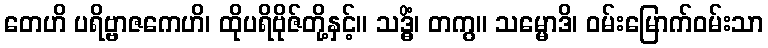
တေဟိ ပရိဗ္ဗာဇကေဟိ၊ ထိုပရိဗိုဇ်တို့နှင့်။ သဒ္ဓိံ၊ တကွ။ သမ္မောဒိ၊ ဝမ်းမြောက်ဝမ်းသာ